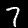
Label: 7